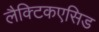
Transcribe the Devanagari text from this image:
लैक्टिकएसिड